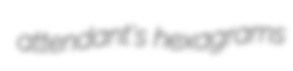
attendant's hexagrams